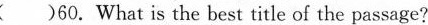
( )60.What is the best title of the passage?